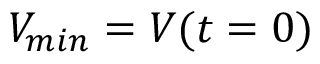
V _ { m i n } = V ( t = 0 )